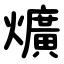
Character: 爌